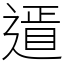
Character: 䢥